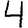
Digit: 4